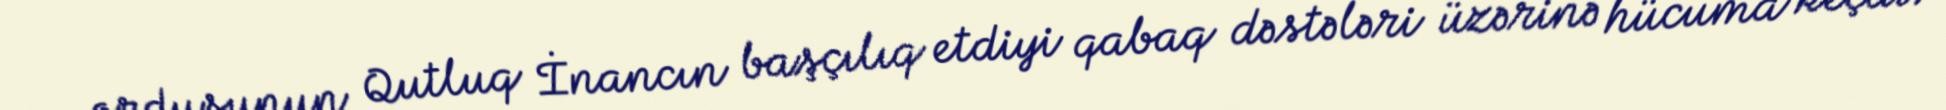
ordusunun Qutluq İnancın başçılıq etdiyi qabaq dəstələri üzərinə hücuma keçdi.